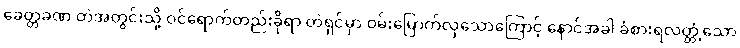
ခေတ္တခဏ တဲအတွင်းသို့ ဝင်ရောက်တည်းခိုရာ တဲရှင်မှာ ဝမ်းမြောက်လှသောကြောင့် နောင်အခါ ခံစားရလတ္တံ့သော